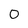
Character: 0